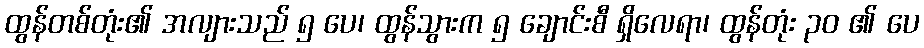
ထွန်တစ်တုံး၏ အလျားသည် ၅ ပေ၊ ထွန်သွားက ၅ ချောင်းစီ ရှိလေရာ၊ ထွန်တုံး ၃၀ ၏ ပေ